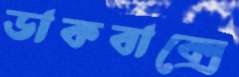
ডাকবাক্সে